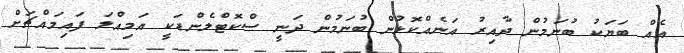
އެއް ބަޔަކު ބުނަމުން ދާއިރު އަނެއްކޮޅުން ބުނަމުން ދަނީ ސްކޮޓްލެންޑަކީ އަމިއްލަ ފައިމައްޗަށް